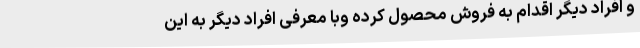
و افراد دیگر اقدام به فروش محصول کرده وبا معرفی افراد دیگر به این